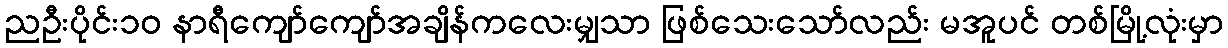
ညဦးပိုင်း၁၀ နာရီကျော်ကျော်အချိန်ကလေးမျှသာ ဖြစ်သေးသော်လည်း မအူပင် တစ်မြို့လုံးမှာ